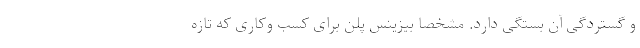
و گستردگی آن بستگی دارد. مشخصا بیزینس پلن برای کسب وکاری که تازه